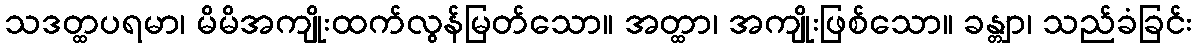
သဒတ္ထပရမာ၊ မိမိအကျိုးထက်လွန်မြတ်သော။ အတ္ထာ၊ အကျိုးဖြစ်သော။ ခန္တျာ၊ သည်ခံခြင်း